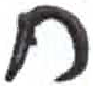
אות: ח